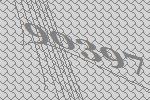
90397